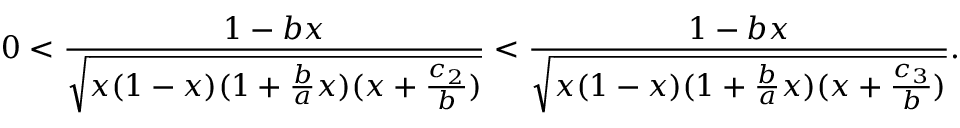
0 < \frac { 1 - b x } { \sqrt { x ( 1 - x ) ( 1 + \frac { b } { a } x ) ( x + \frac { c _ { 2 } } { b } ) } } < \frac { 1 - b x } { \sqrt { x ( 1 - x ) ( 1 + \frac { b } { a } x ) ( x + \frac { c _ { 3 } } { b } ) } } .